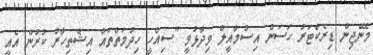
މެނޭޖިން ޑިރެކްޓަރު ހަސަން އިސްމާއީލް ވިދާޅުވީ "ސިއްހީ ހިދުމަތްތައް އިޝްތިހާރު ކުރުން އެއީ